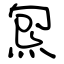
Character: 炰